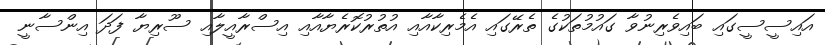
އައިސީސީގައި ބައިވެރިނުވާ ގައުމުތަކުގެ ތެރޭގައި އެމެރިކާއާއި އުތުރުކޮރެޔާއާއި އިސްރާއީލާއި ސޫރިޔާ ފަދަ އިންސާނީ